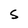
Character: S